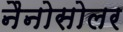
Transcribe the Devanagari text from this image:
नैनोसोलर